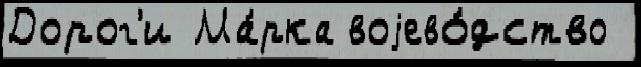
Дорог'и Ма́рка воjево́дство